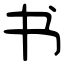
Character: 书